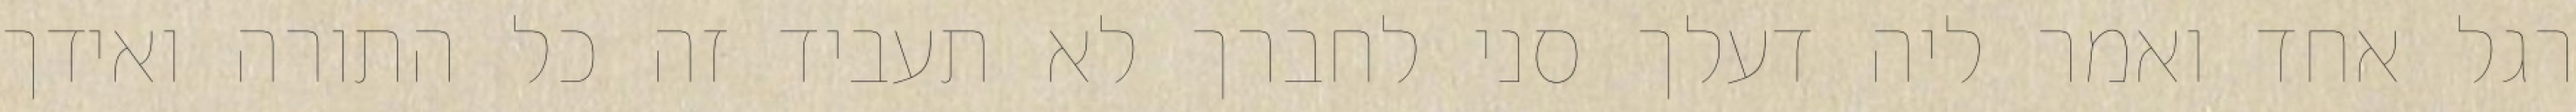
רגל אחד ואמר ליה דעלך סני לחברך לא תעביד זה כל התורה ואידך